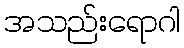
အသည်းရောဂါ